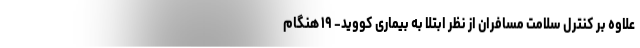
علاوه بر کنترل سلامت مسافران از نظر ابتلا به بیماری کووید- ۱۹ هنگام